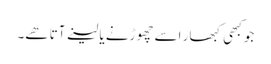
جو کبھی کبھار اسے چھوڑنے یا لینے آتا ھے۔